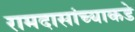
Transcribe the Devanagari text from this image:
रामदासांच्याकडे